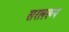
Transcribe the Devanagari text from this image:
सरलरूप